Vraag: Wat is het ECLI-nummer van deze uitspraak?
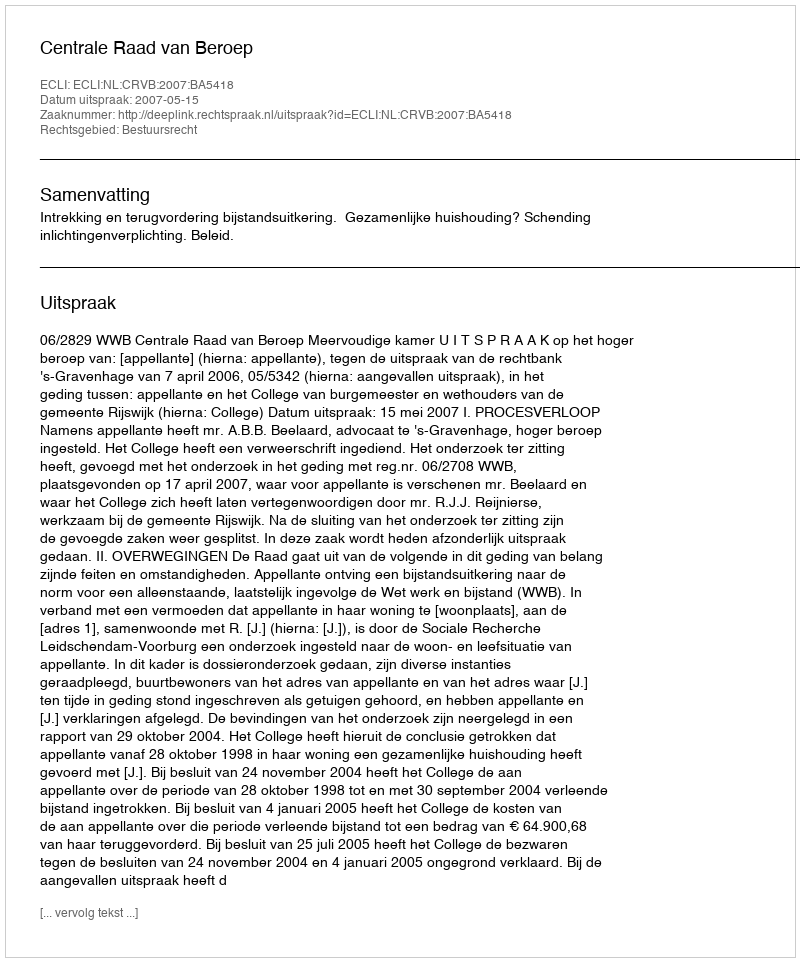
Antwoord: ECLI:NL:CRVB:2007:BA5418